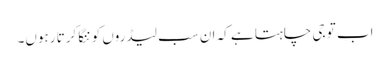
اب تو جی چاہتا ہے کہ ان سب لیڈروں کو ننگا کرتا رہوں۔